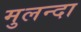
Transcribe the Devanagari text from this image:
मुलन्दा